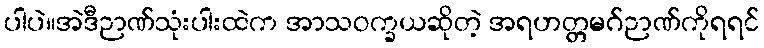
ပါပဲ။အဲဒီဉာဏ်သုံးပါးထဲက အာသဝက္ခယဆိုတဲ့ အရဟတ္တမဂ်ဉာဏ်ကိုရရင်